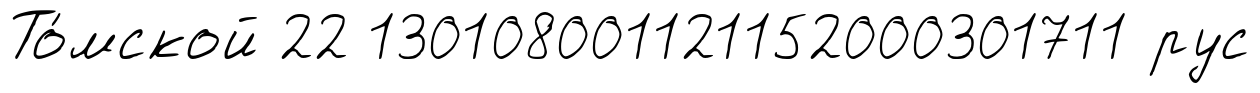
То́мской 22 130108001121152000301711 рус